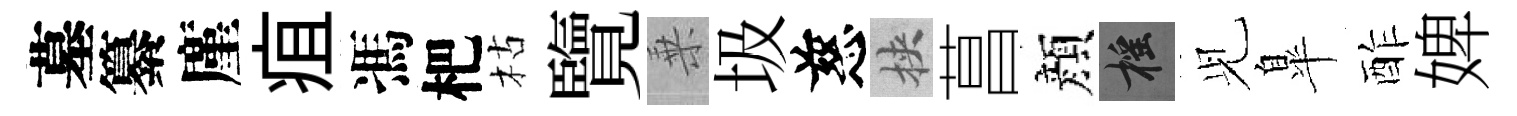
墓纂廑疽馮杷枯覽乗圾慈挾菖顔摇𫤗臯酢婢